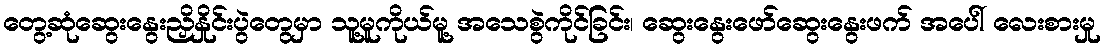
တွေ့ဆုံဆွေးနွေးညှိနှိုင်းပွဲတွေမှာ သူ့မူကိုယ်မူ့ အသေစွဲကိုင်ခြင်း၊ ဆွေးနွေးဖော်ဆွေးနွေးဖက် အပေါ် လေးစားမှု